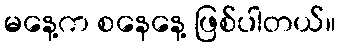
မနေ့က စနေနေ့ ဖြစ်ပါတယ်။